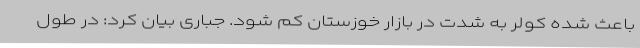
باعث شده کولر به شدت در بازار خوزستان کم شود. جباری بیان کرد: در طول